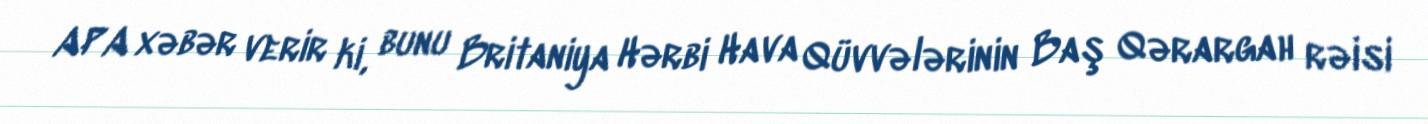
APA xəbər verir ki, bunu Britaniya Hərbi Hava Qüvvələrinin Baş Qərargah rəisi